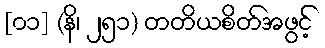
[၀၁] (နိ၊ ၂၅၁) တတိယစိတ်အဖွင့်